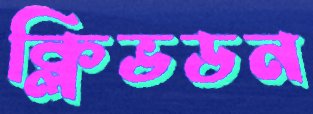
ক্লিভডন